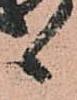
候